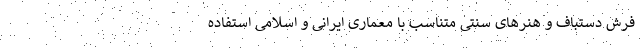
فرش دستباف و هنر‌های سنتی متناسب با معماری ایرانی و اسلامی استفاده